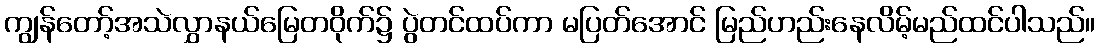
ကျွန်တော့်အသဲလွှာနယ်မြေတဝိုက်၌ ပွဲတင်ထပ်ကာ မပြတ်အောင် မြည်ဟည်းနေလိမ့်မည်ထင်ပါသည်။